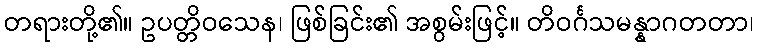
တရားတို့၏။ ဥပတ္တိဝသေန၊ ဖြစ်ခြင်း၏ အစွမ်းဖြင့်။ တိဝင်္ဂသမန္နာဂတတာ၊